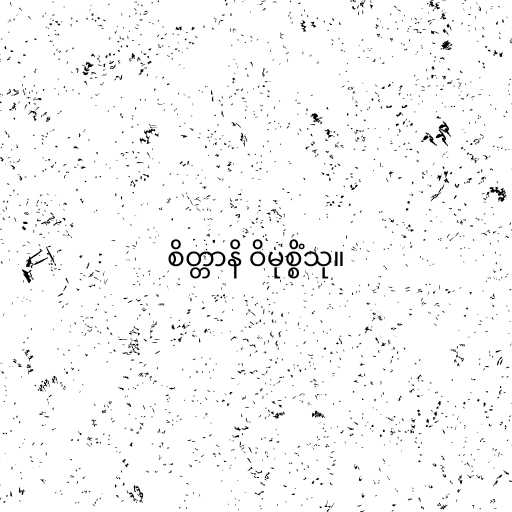
စိတ္တာနိ ဝိမုစ္စိံသု။